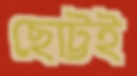
ছোট্টই